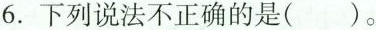
6.下列说法不正确的是()。